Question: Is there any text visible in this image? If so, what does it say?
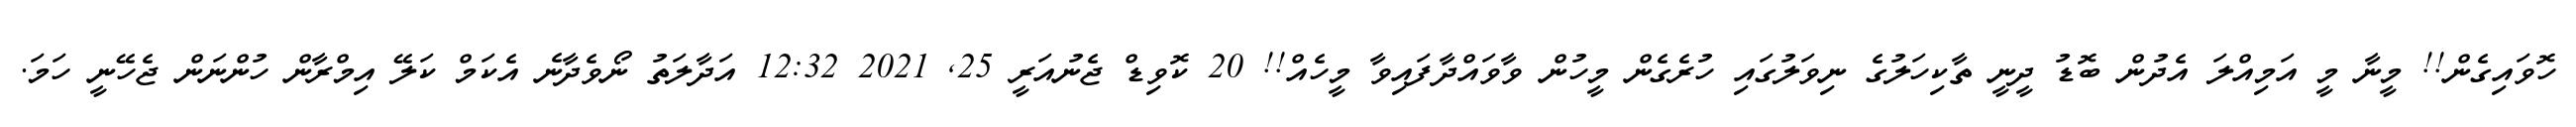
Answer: ހޮވައިގެން!! މީނާ މީ އަމިއްލަ އެދުން ބޮޑު ދީނީ ތާކިހަލުގެ ނިވަލުގައި ހުރެގެން މީހުން ވާވައްދާފައިވާ މީހެއް!! 20 ކޮވިޑް ޖެނުއަރީ 25, 2021 12:32 އަދާލަތު ނޯވެދާނެ އެކަމް ކަލޭ އިމްރާން ހުންނަން ޖެހޭނީ ހަމަ.